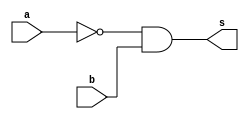
// 821811 - Felipe Rivetti Mizher
// ------------------------- 
// Guia_0500.v - GATES  
// ------------------------- 
 
// ------------------------- 
//  f5_gate 
//  m  a  b  s 
//  0  0  0  0 
//  1  0  1  1 <- a'.b 
//  2  1  0  0 
//  3  1  1  0 
// 
// ------------------------- 
module f5a (output s, input a, input b); 
// definir dado local 
   wire not_a; 
// descrever por portas 
   not NOT1  ( not_a, a ); 
   and AND1 ( s, not_a, b ); 
endmodule // f5a 
 
// ------------------------- 
//  f5_gate 
//  m  a  b  s 
//  0  0  0  0 
//  1  0  1  1 <- a'.b 
//  2  1  0  0 
//  3  1  1  0 
// 
// ------------------------- 
module f5b ( output s, input a, input b ); 
// descrever por expressao 
   assign s = ~a & b; 
endmodule // f5b 
 
module test_f5; 
// ------------------------- definir dados 
       reg  x; 
       reg  y; 
       wire a, b; 
 
       f5a moduloA ( a, x, y ); 
       f5b moduloB ( b, x, y ); 
 
// ------------------------- parte principal 
 
   initial 
   begin : main 
          $display("Guia_0500 - Felipe Rivetti Mizher - 821811"); 
          $display("Test module"); 
          $display("   x    y    a    b"); 
 
         $monitor("%4b %4b %4b %4b", x, y, a, b); 
             x = 1'b0;  y = 1'b0; 
   #1      x = 1'b0;  y = 1'b1; 
   #1      x = 1'b1;  y = 1'b0; 
   #1      x = 1'b1;  y = 1'b1; 
 
   end 
 
endmodule // test_f5